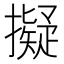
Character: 擬